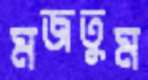
মজতুম